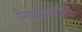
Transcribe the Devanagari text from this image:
निकालपत्रात